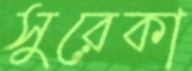
সুরেকা